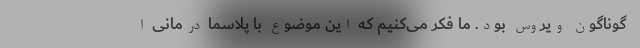
گوناگون ویروس بود. ما فکر می‌کنیم که این موضوع با پلاسما درمانی ا